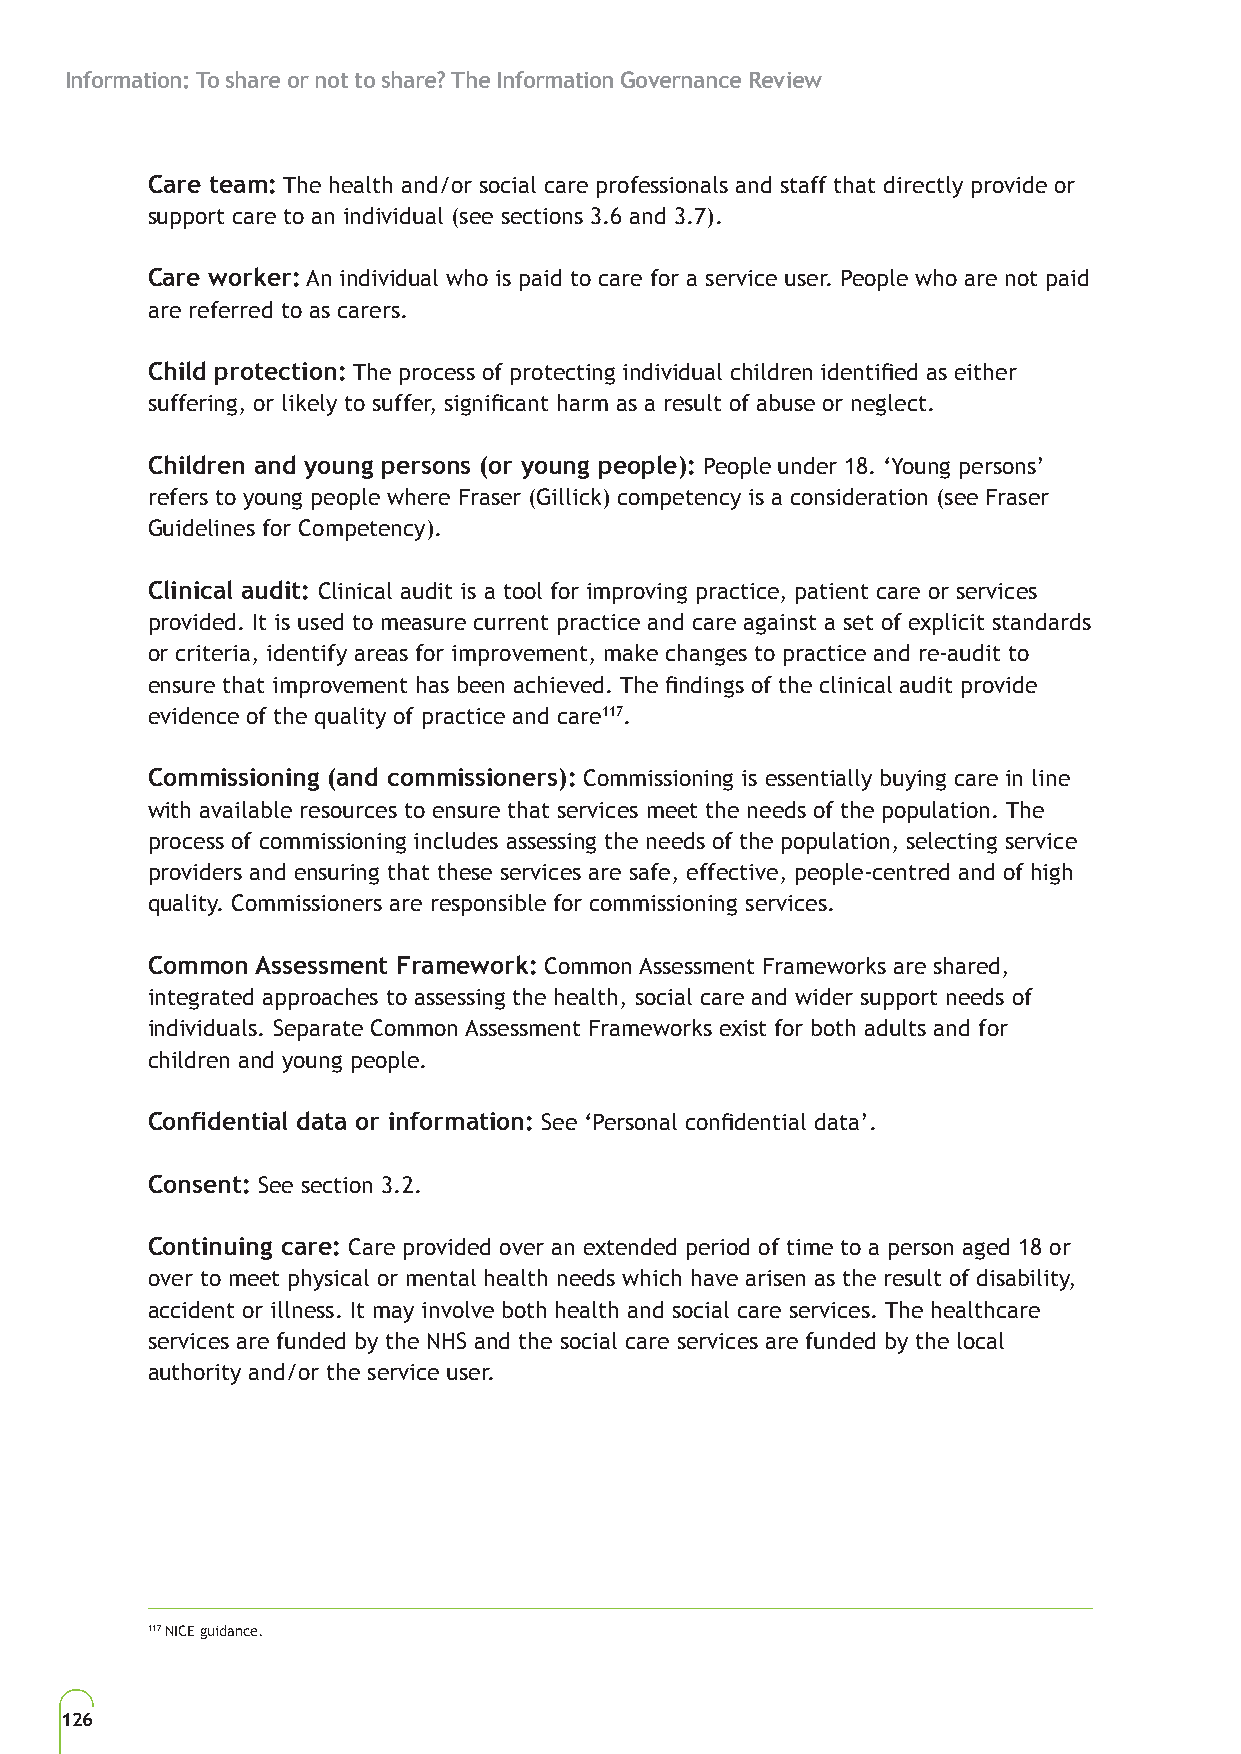
Information: To share or not to share? The Information Governance Review
 Care team: The health and/or social care professionals and staff that directly provide or
 support care to an individual (see sections 3.6 and 3.7).
 Care worker: An individual who is paid to care for a service user. People who are not paid
 are referred to as carers.
 Child protection: The process of protecting individual children identified as either
 suffering, or likely to suffer, significant harm as a result of abuse or neglect.
 Children and young persons (or young people): People under 18. ‘Young persons’
 refers to young people where Fraser (Gillick) competency is a consideration (see Fraser
 Guidelines for Competency).
 Clinical audit: Clinical audit is a tool for improving practice, patient care or services
 provided. It is used to measure current practice and care against a set of explicit standards
 or criteria, identify areas for improvement, make changes to practice and re-audit to
 ensure that improvement has been achieved. The findings of the clinical audit provide
 evidence of the quality of practice and care117.
 Commissioning (and commissioners): Commissioning is essentially buying care in line
 with available resources to ensure that services meet the needs of the population. The
 process of commissioning includes assessing the needs of the population, selecting service
 providers and ensuring that these services are safe, effective, people-centred and of high
 quality. Commissioners are responsible for commissioning services.
 Common Assessment Framework: Common Assessment Frameworks are shared,
 integrated approaches to assessing the health, social care and wider support needs of
 individuals. Separate Common Assessment Frameworks exist for both adults and for
 children and young people.
 Confidential data or information: See ‘Personal confidential data’.
 Consent: See section 3.2.
 Continuing care: Care provided over an extended period of time to a person aged 18 or
 over to meet physical or mental health needs which have arisen as the result of disability,
 accident or illness. It may involve both health and social care services. The healthcare
 services are funded by the NHS and the social care services are funded by the local
 authority and/or the service user.
 117 NICE guidance.
 126